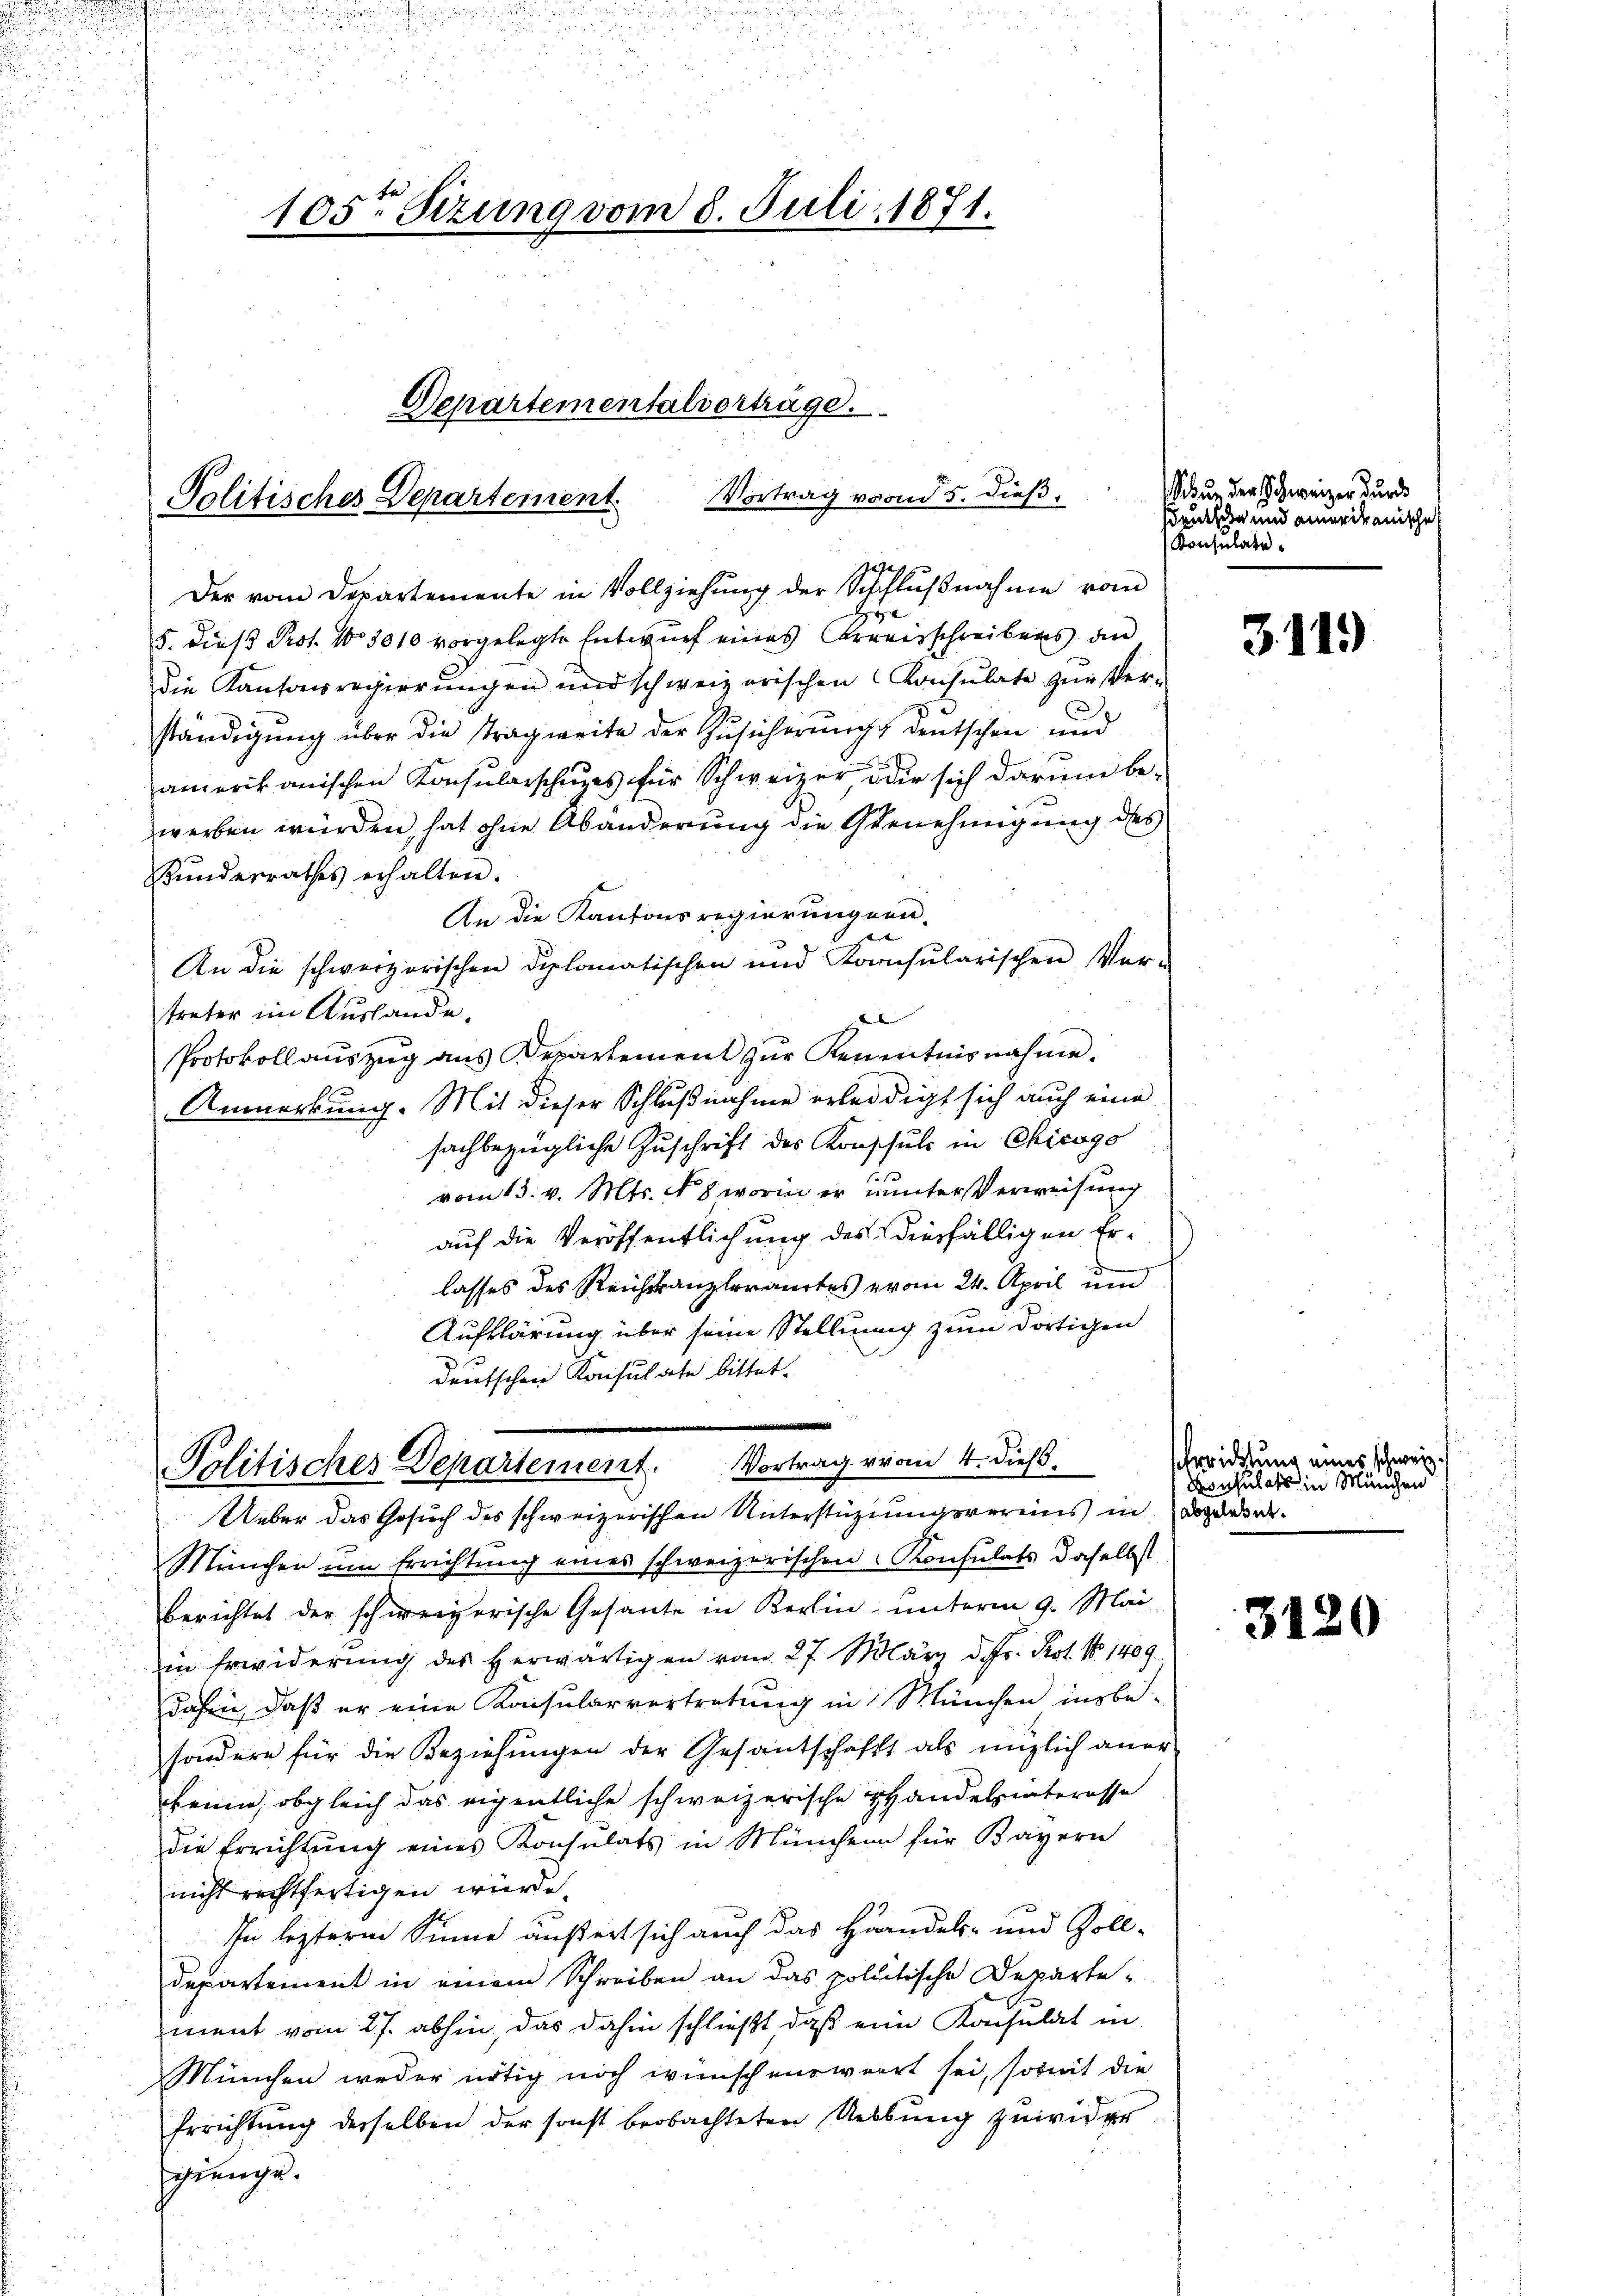
Der vom Departemente in Vollziehung der Schlŭβnahme vom
5. dieß Prof. No 3010 vorgelegte Entwurf eines Kreisschreibens an
die Kantonsregierungen und schweizerischen Konsulate zŭr Ver-
n
ständigung über die Tragweite der Zusicherung deutschen und
amerikanischen Konsularschuzes für Schweizer, oder sich darum bewerben würden, hat ohne Abänderung die Genehmigung des
Bunderrathes erhalten.
An die Kantonsregierungen.
d
An die schweizerischen Diplomatischen und Kornsŭlarischen Ver-
treter im Auslande.
Protokoll aŭszŭg ans Departement zŭr Kenntnisnahme.
Anmerkung. Mit dieser Schlußnahme erledigt sich auch eine
sachbezügliche Zuschrift des Konschuls in Chicago
vom 13. v. Mts. N. 8 worin er munterst erweisung
auf die Veröffentlichung des diesfälligen Erlasses des Reichskanzleramtes vom 24. April und
Aufklärung über seine Stellung zum dortigen
deutschen Konsulate bittet.
i
Politisches Departement. Vortrag vom 4. dieß.
Ueber das Gesuch des schweizerischen Unterstüzungsvereins in dagewere.
München um Errichtung eines schweizerischen Konsulats daselbst
berichtet der schweizerische Gesante in Korin unterm 9. Mai
in Erwiderung des herwärtigen vom 27. März d. Js. Kot. No 1409.
dahin, daß er eine Konsularvertretung in München insbesondern für die Beziehungen der Gesantschafft als möglich aner-
kenne, obgleich das eigentliche schweizerische Handelsinteresse
die Errichtŭng eines Konsulats in München für Bayern
nicht rechtfertigen würde.
In lezterm Sinne äußert sich auch das Häandels- und Zoll-
departement in einem Schreiben an das politische Departe-
ment vom 27. abhin, das dahin schließt daß eine Konsulat in
München weder nötig noch wünschenswert sei, somit die
Errichtung derselben der sonst beobachteten Uebung zuwider
gienge.

Politisches Departement

105ten Sizung vom 8. Juli 1871.

Departementalvertrage.

Vortrag vom 5. dieß¬

Schue der schweizer wurd
sdensee und einerikanische
Konsulate

3.119)

Errichtung eines schweiz.
Konsulats in München

3120